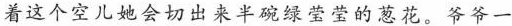
着这个空儿她会切出!来半碗绿莹莹的葱花。爷爷一